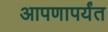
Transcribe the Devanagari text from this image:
आपणापर्यंत